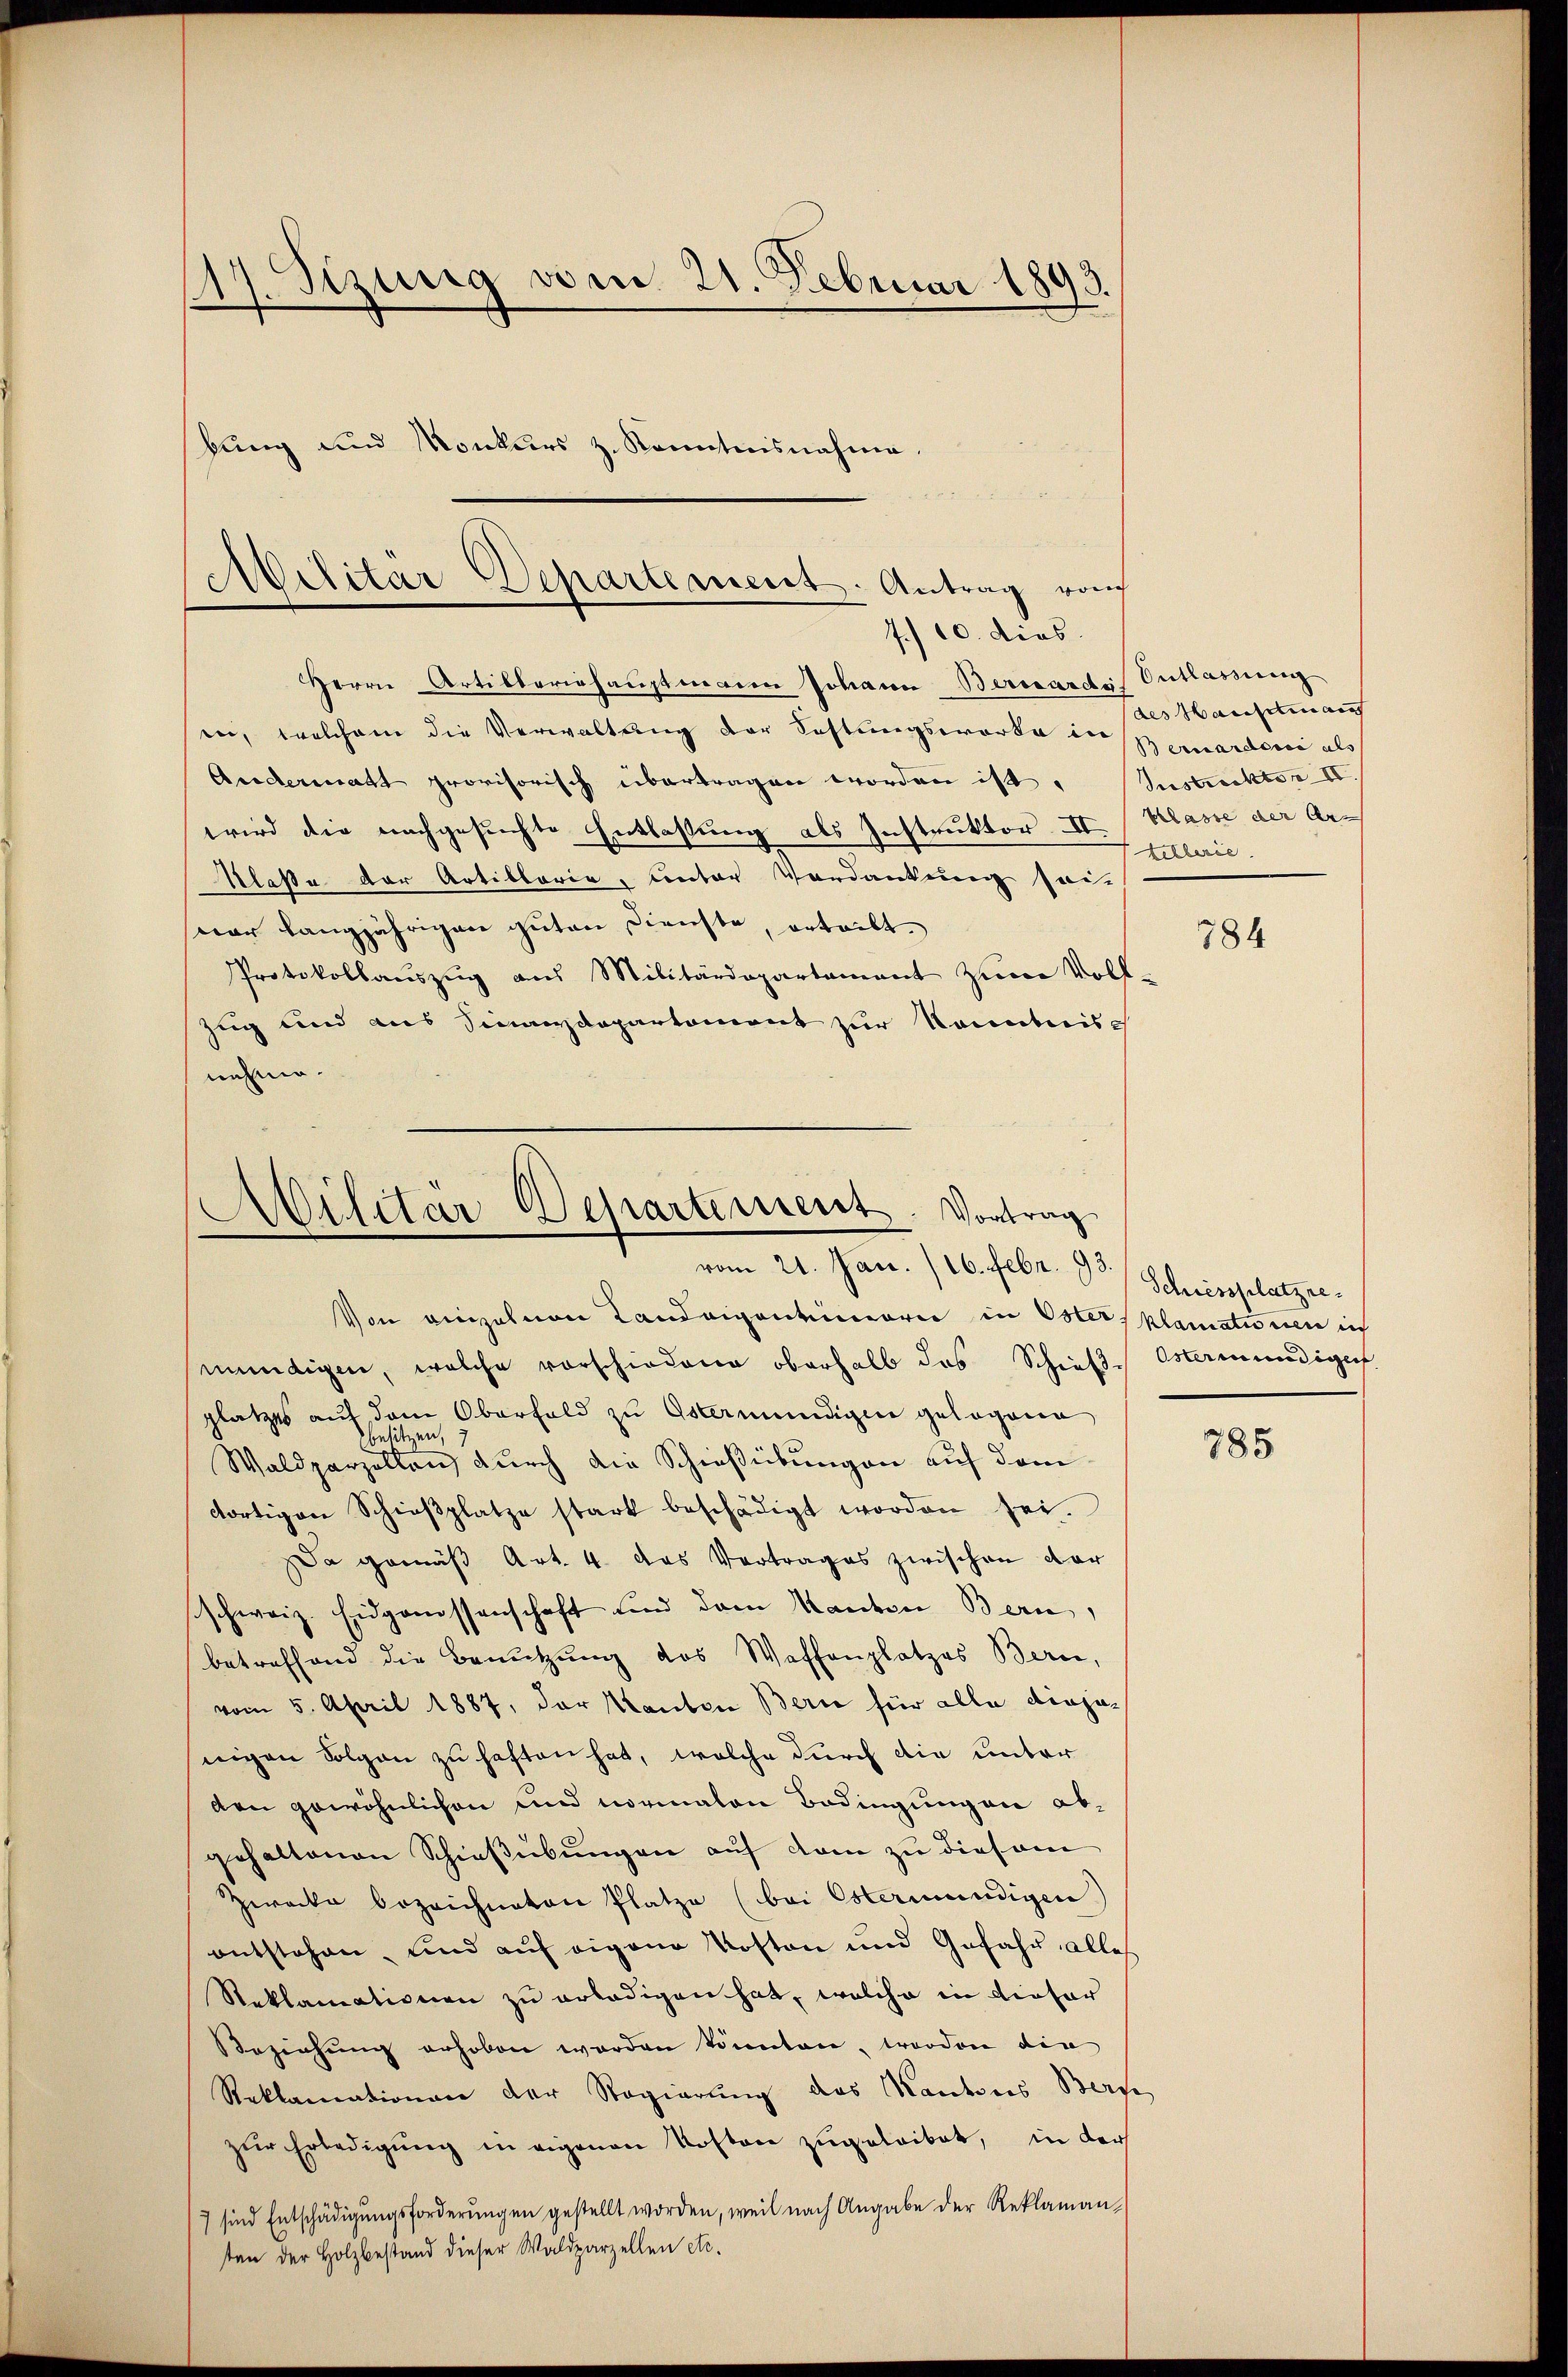
117. Sizung vom 21. Februar 1893.
bung und Monkurs z. Konntnisnahme.

Militär Departement. Antrag von
7./10. dies.

Militar Departement. Vortrag
vom 21. Jan. 16. Febr. 193.

Herrn Artilleriehauptmann Johann Bernardis Entlassung
ee, welchem die Verwaltung der Fastungsworte in des Hauseten auf
Andermatt provisorisch übertragen worden ist. Justickter II.
wird die nachgesuchte Entlassung als Instruktor. II. Klasse der Ar¬
Alaße der Artillaria, unter Verdankung sei
war langjährigen guten Dienste, erteilt.
Protokollauszug aus Militärdepartement zum Voll-
Zug und aus Sinanzdepartement zur Kenntniss
nehme.

Von einzelnen Landeigeneinarii in Oster, plamationen ich
mündigen, welche vorschiedene oberhalb das Schieβ-Ostermundigert
platzes auf dem Oberfeld zu Ostermündigen gelogene
2
besitzen,
Waldparzellen durch die Schießübungen auf dem
dortigen Schieβplatze stark beschädigt worden sei.
a gemäß Art. 4 das Vertrages zwischen dar
schweiz. Eidgenossenschaft Land dem Kanton Bern,
betreffend die Benutzung des Waffenplatzes Bern,
vom 5. April 1887, der Kauten Bern für alle diejenigen Folgen zu haften hat, welche durch die unter
den gewöhnlichen und normalen Bedingung an abgehaltenen Schießübungen auf dem zu diesem
Zwecke bezeichneten Platze (bei Ostermündigen)
entstehen, und aŭf eigene Kosten und Gefahr alles
Reklamationen zu erledigen hat, welche in dieser
Beziehung erhoben worden könnten, worden die
Reklamationen der Regierung des Kantons Berge
zur Erledigung in eigenen Kosten zugeleibet, in der
7 sind Entschädigungsforderungen gestellt worden, weil nach Angabe der Reklamanten der Holzbestand dieser Waldparzellen etc.

Bernarderii als
Kellerie.

784

Schiessplatzre

785